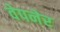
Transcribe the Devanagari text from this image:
वेपनेर